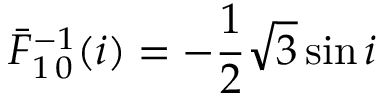
\bar { F } _ { 1 \, 0 } ^ { - 1 } ( i ) = - \frac { 1 } { 2 } \sqrt { 3 } \sin i